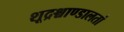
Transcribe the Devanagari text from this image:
शूद्रश्चाण्डालतां